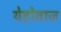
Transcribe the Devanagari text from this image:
येहोवाज